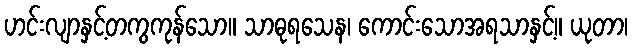
ဟင်းလျာနှင့်တကွကုန်သော။ သာဓုရသေန၊ ကောင်းသောအရသာနှင့်။ ယုတာ၊